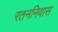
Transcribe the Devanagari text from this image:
रतननिवास